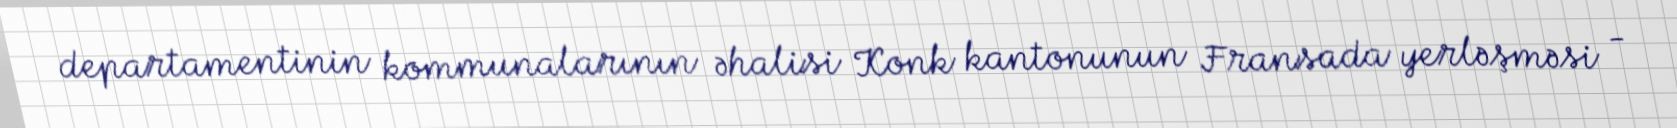
departamentinin kommunalarının əhalisi Konk kantonunun Fransada yerləşməsi -